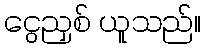
ငွေညှစ် ယူသည်။